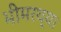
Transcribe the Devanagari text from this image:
भीमरथ्या